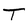
Character: T